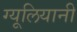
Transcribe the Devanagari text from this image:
ग्यूलियानी